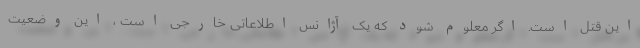
این قتل است. اگر معلوم شود که یک آژانس اطلاعاتی خارجی است ، این وضعیت